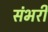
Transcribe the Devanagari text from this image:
संभरी